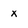
Character: x